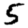
Digit: 5